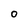
Character: 0